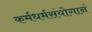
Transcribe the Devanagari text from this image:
कर्मधर्मसंयोगानं